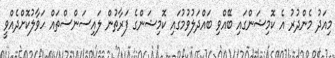
މިއަދު މެންދުރު އެ ކޮމިޝަންގައި ބޭއްވި ބައްދަލުވުމުގައި ކޮމިޝަންގެ ފަރާތުން ލައިސަންސްތައް ހަވާލުކޮށްދެއްވީ